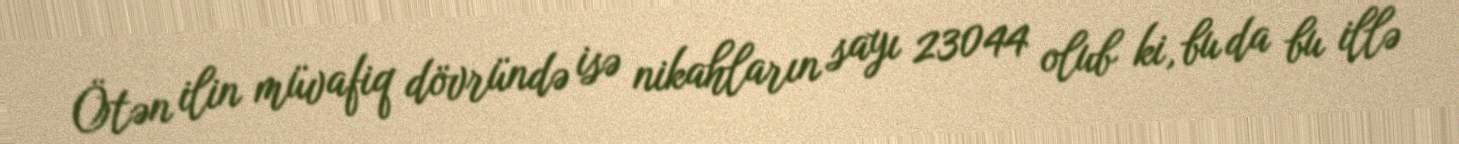
Ötən ilin müvafiq dövründə isə nikahların sayı 23044 olub ki, bu da bu illə